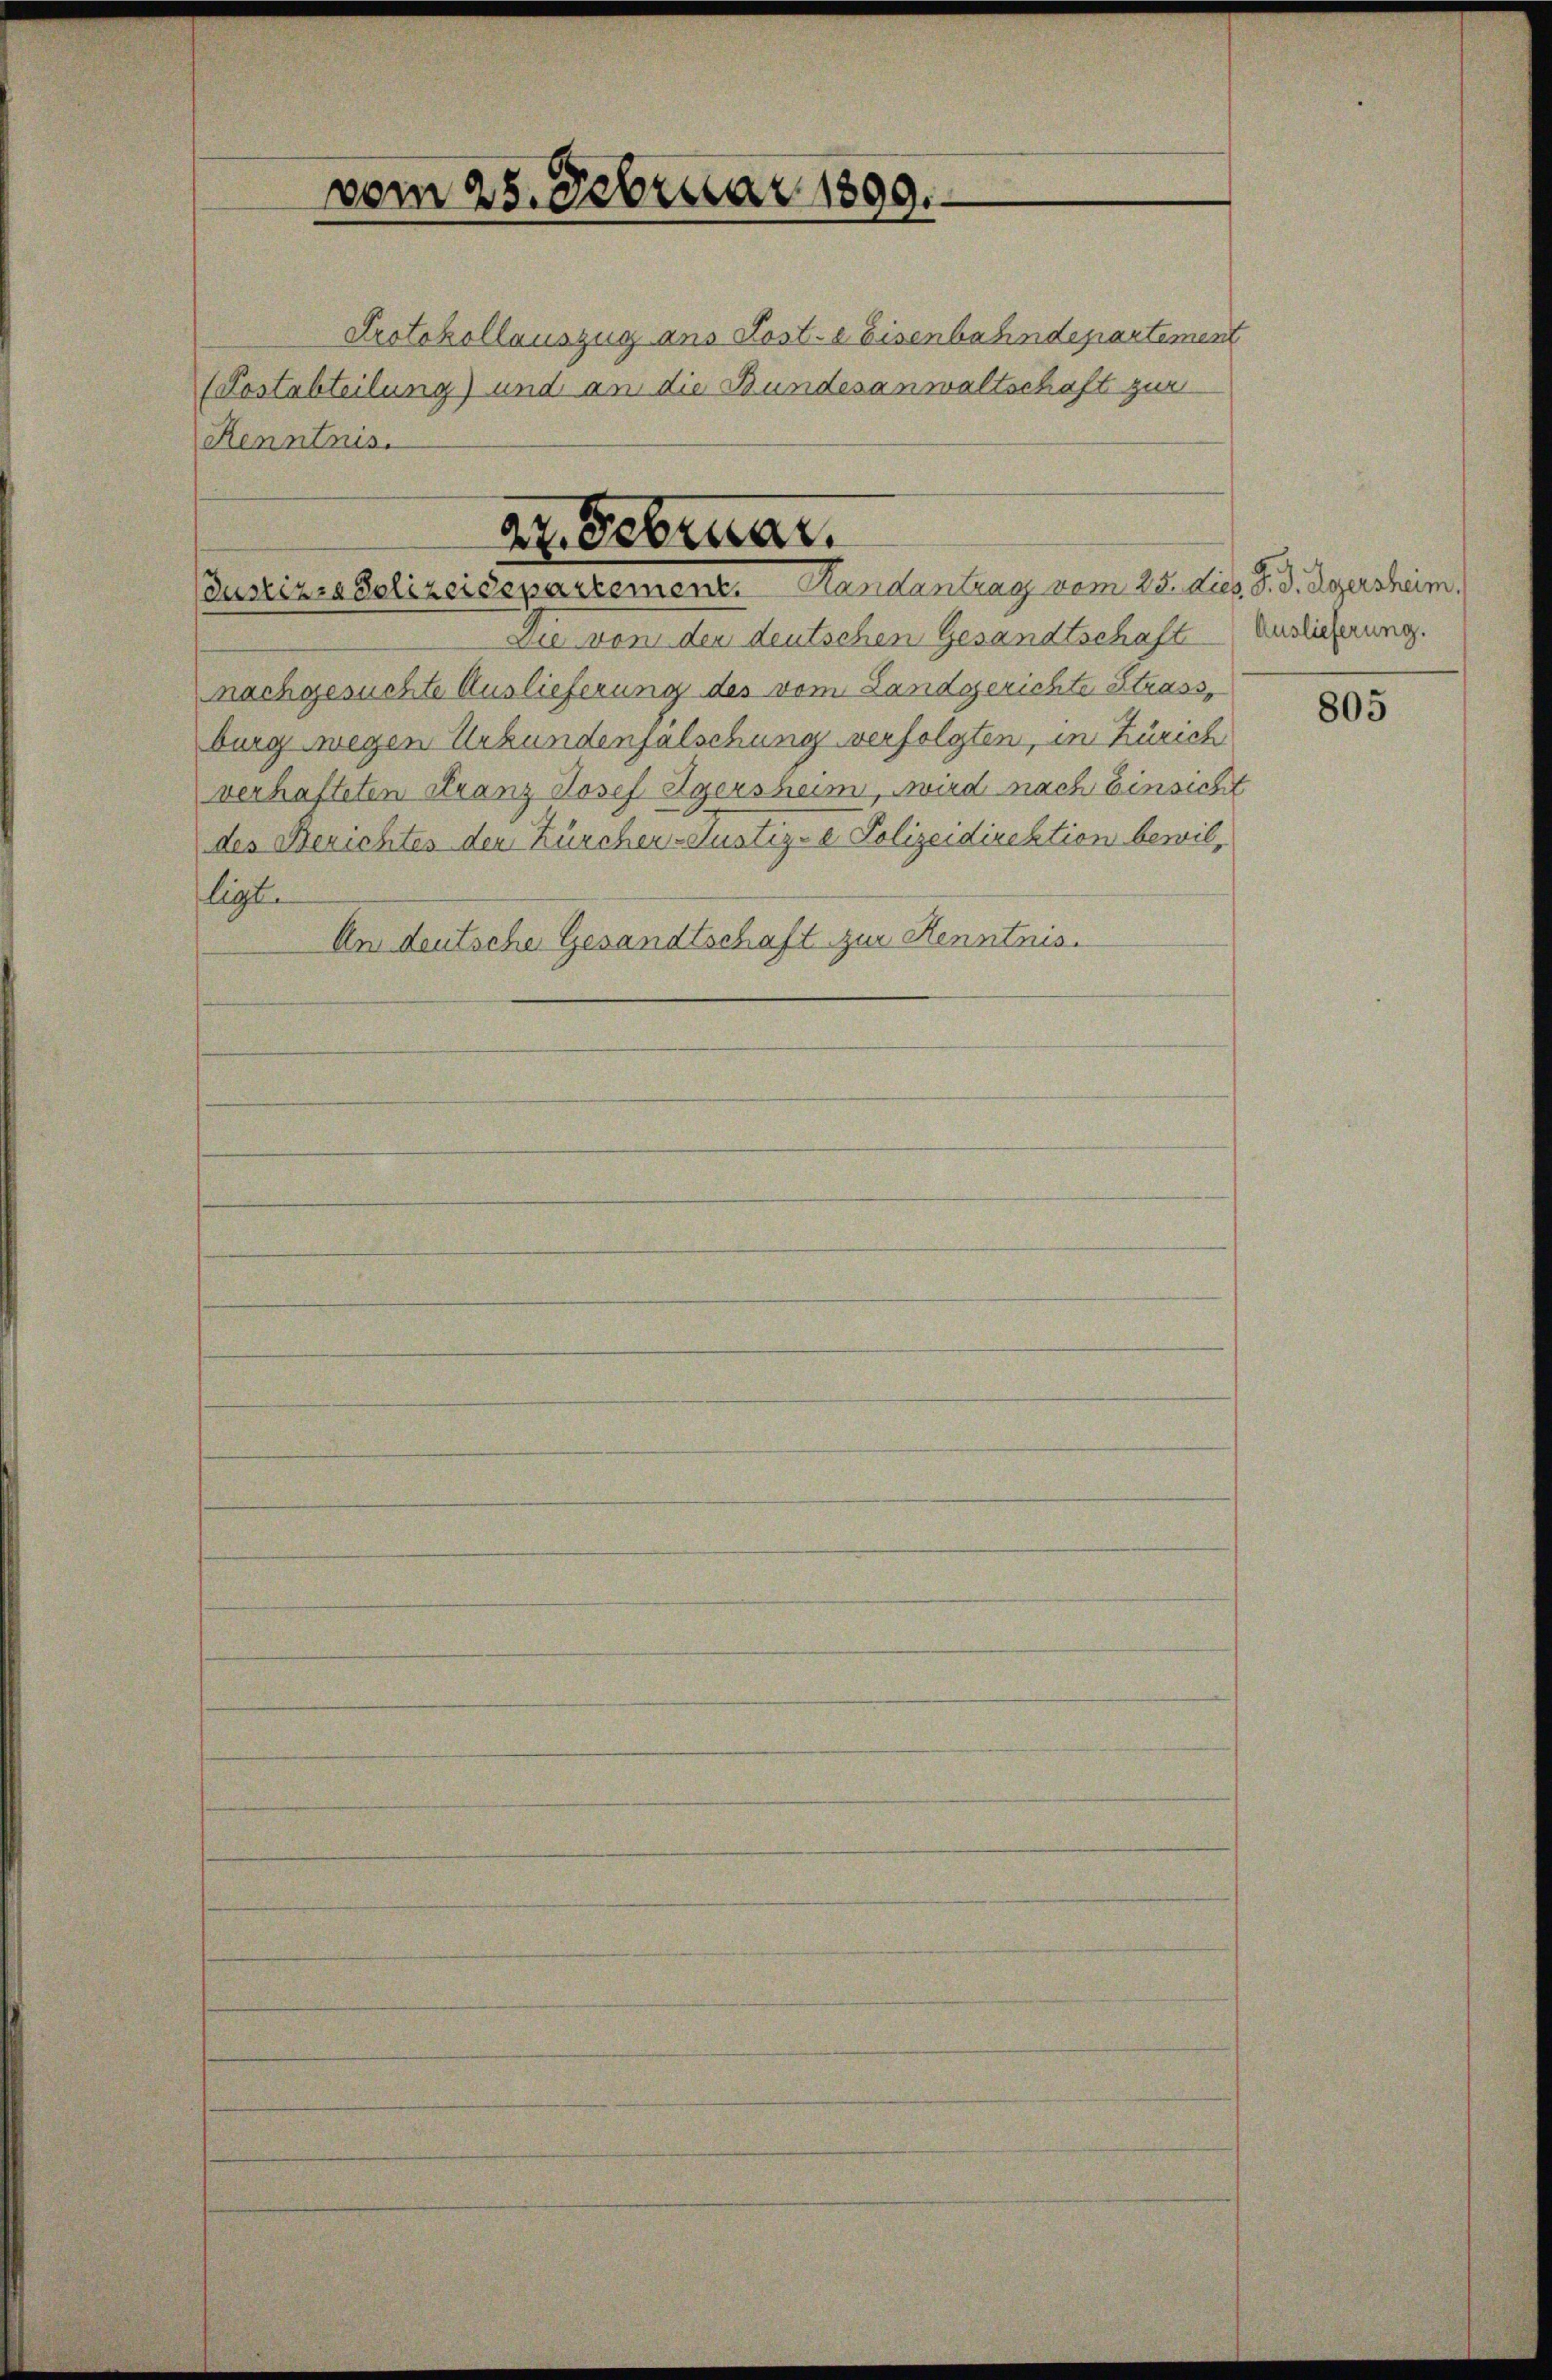
vom 25. Februar 1899.

Protokollauszug aus Koste Eisenbahndepartement
(Postabteilung) und an die Bundesanwaltschaft zur
Renntnis.

ar. Februar.
Justizra Polizeidepartement. Handantrag vom 25. Lies. J. J. Rgersheim.

Die von der deutschen Gesandtschaft Auslicherung.
nachgesuchte Auslieferung des vom Landgerichte Strass
burg wegen Urkundenfalschung verfolgten, in Zürich
verhafteten Franz Josef Egersheim, wird nach Einsicht
des Berichtes den Zürcher-Justiz- & Polizeidirektion bewil,
ligt.
An deutsche Gesandtschaft zur Kenntnis.

805